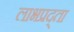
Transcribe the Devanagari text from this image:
लाभप्रद्ता